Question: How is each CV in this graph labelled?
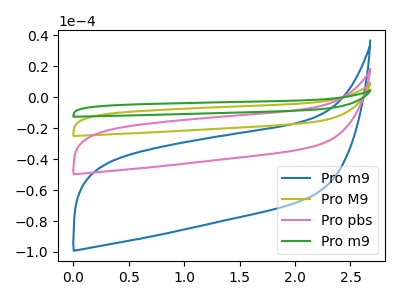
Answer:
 <answer>The blue curve is labeled "Pro m9". The olive curve is labeled "Pro M9". The pink curve is labeled "Pro pbs". The green curve is labeled "Pro m9".</answer>
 <eval></eval>